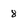
Character: 8